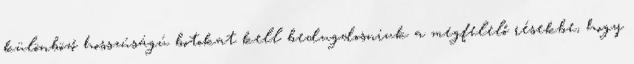
különböző hosszúságú botokat kell bedugdosniuk a megfelelő résekbe, hogy